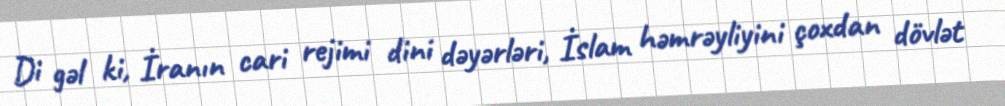
Di gəl ki, İranın cari rejimi dini dəyərləri, İslam həmrəyliyini çoxdan dövlət